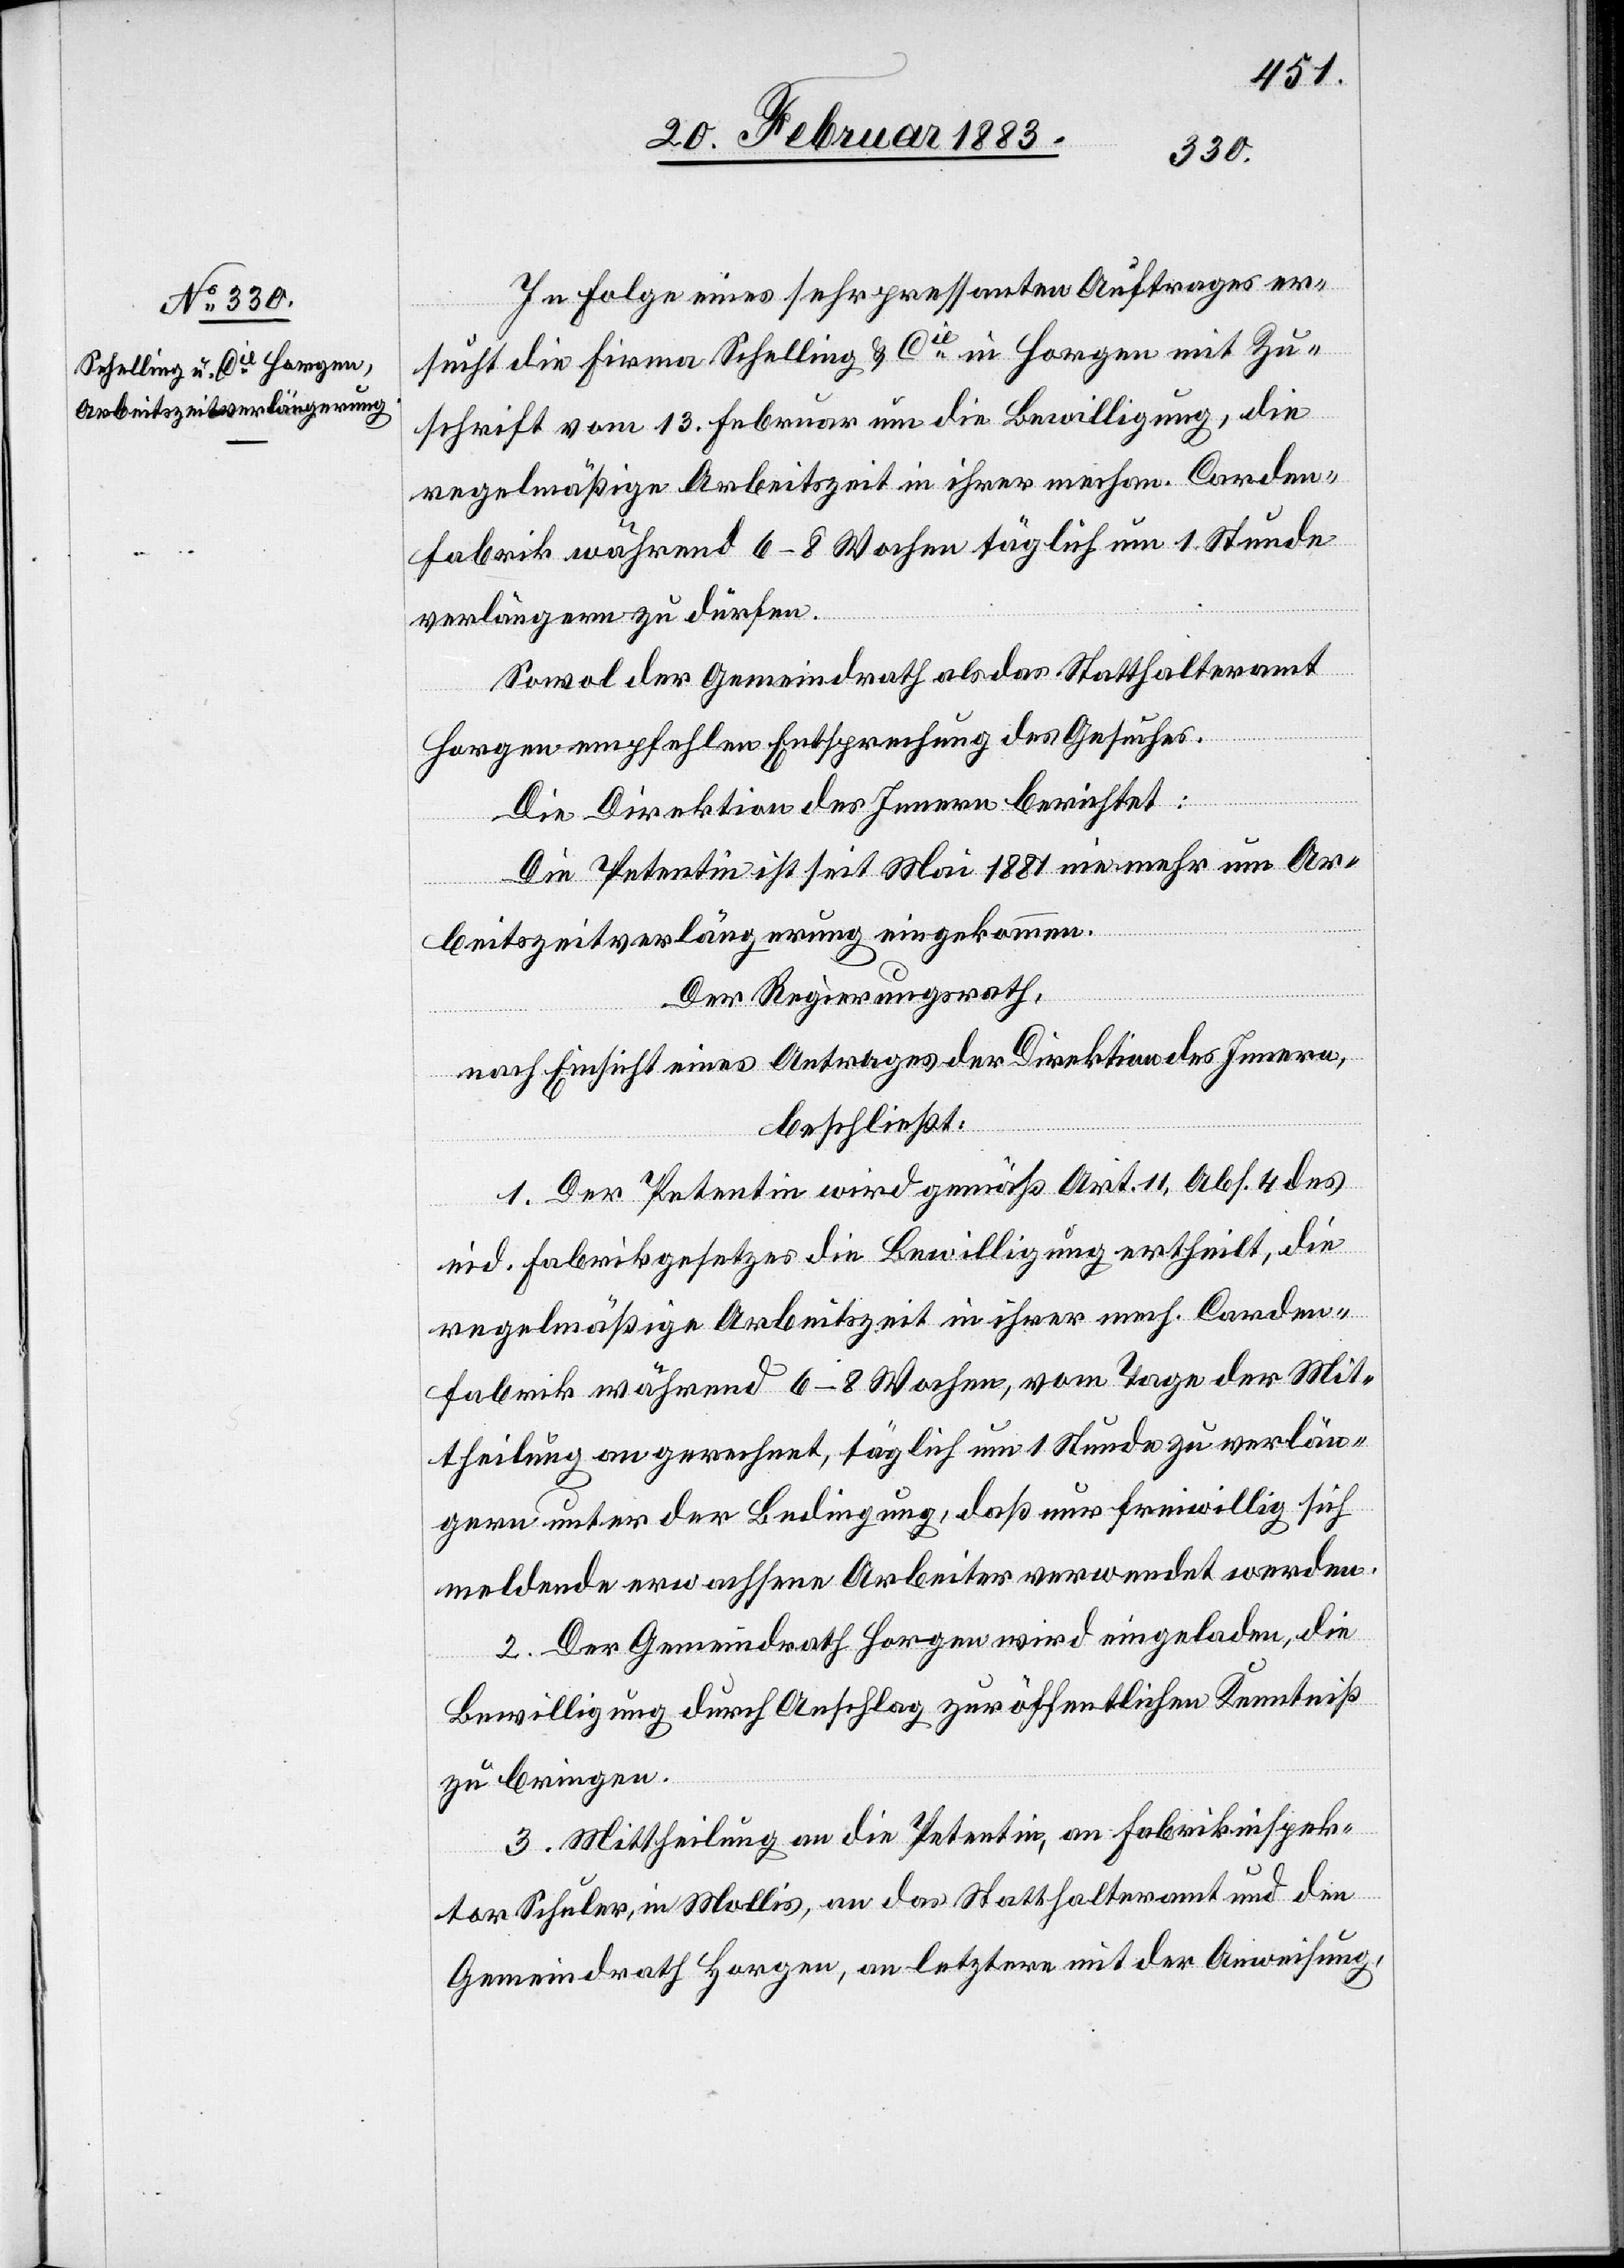
In Folge eines sehr pressanten Auftrages er¬
sucht die Firma Schelling & Cie in Horgen mit Zu¬
schrift vom 13. Februar um die Bewilligung, die
regelmäßige Arbeitszeit in ihrer mechan. Corden¬
fabrik während 6–8 Wochen täglich um 1 Stunde
verlängern zu dürfen.
Sowol der Gemeindrath als das Statthalteramt
Horgen empfehlen Entsprechung des Gesuches.
Die Direktion des Innern berichtet:
Die Petentin ist seit Mai 1881 nie mehr um Ar¬
beitszeitverlängerung eingekommen:
Der Regierungsrath,
nach Einsicht eines Antrages der Direktion des Innern,
beschließt:
1. Der Petentin wird gemäß Art. 11, Abs. 4 des
eid. Fabrikgesetzes die Bewilligung ertheilt, die
regelmäßige Arbeitszeit in ihrer mech. Corden¬
fabrik während 6–8 Wochen, vom Tage der Mit¬
theilung an gerechnet, täglich um 1 Stunde zu verlän¬
gern unter der Bedingung, daß nur freiwillig sich
meldende erwachsene Arbeiter verwendet werden.
2. Der Gemeindrath Horgen wird eingeladen, die
Bewilligung durch Anschlag zur öffentlichen Kenntniß
zu bringen.
3. Mittheilung an die Petentin, an Fabrikinspek¬
tor Schuler, in Mollis, an das Statthalteramt und den
Gemeindrath Horgen, an letztere mit der Anweisung,